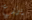
يزرع